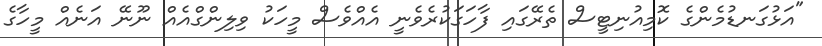
"އަޅުގަނޑުމެންގެ ކޮމިއުނިޓީސް ތެރޭގައި ފާހަގަކުރެވެނީ އެއްވެސް މީހަކު ވިލިންގްއެއް ނޫނޭ އަނެއް މީހާގެ